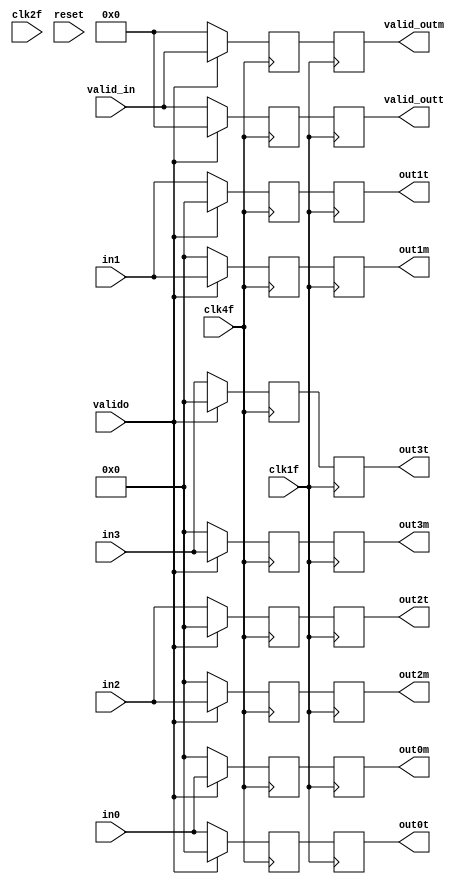
// Belinda Brown Ramrez
// Mayo, 2020
// timna.brown@ucr.ac.cr

// Recirculation block if not IDLE
module recir_idle (
  // Clks
  input wire clk1f,
	input wire clk2f,						// clock in @2f
  input wire clk4f,						// clock in @4f
  input reset,
  // Serial Parallel input
  input wire valido,
  // Inputs
  input wire [7:0] in0,
  input wire [7:0] in1,
  input wire [7:0] in2,
  input wire [7:0] in3,
  input wire [3:0] valid_in,
  // For ff 8buts + 1 valid for mux
  output reg [7:0] out0m,
  output reg [7:0] out1m,
  output reg [7:0] out2m,
  output reg [7:0] out3m,
  output reg [3:0] valid_outm,
  // For ff 8buts + 1 valid for tester
  output reg [7:0] out0t,
  output reg [7:0] out1t,
  output reg [7:0] out2t,
  output reg [7:0] out3t,
  output reg [3:0] valid_outt
  );

 // Assign standar singnals
 // Input idle

 // Conecctions
 reg [7:0] outm0, outm1, outm2, outm3;
 reg [7:0] outt0, outt1, outt2, outt3;
 reg [3:0] validoutm, validoutt;

 always @(posedge clk4f) begin
      if (valido) begin
        outm0 <= in0;
        outm1 <= in1;
        outm2 <= in2;
        outm3 <= in3;
        outt0 <= 0;
        outt1 <= 0;
        outt2 <= 0;
        outt3 <= 0;
        validoutm <= valid_in;
        validoutt <= 0;
      end // end if

    else begin // valido  == 0
      outm0 <= 0;
      outm1 <= 0;
      outm2 <= 0;
      outm3 <= 0;
      outt0 <= in0;
      outt1 <= in1;
      outt2 <= in2;
      outt3 <= in3;
      validoutm <= 0;
      validoutt <= valid_in;
      end // end else
 end // always posedge 4f


always @(posedge clk1f) begin
  valid_outt <= validoutt;
  valid_outm <= validoutm;
  out0m <= outm0;
  out1m <= outm1;
  out2m <= outm2;
  out3m <= outm3;
  out0t <= outt0;
  out1t <= outt1;
  out2t <= outt2;
  out3t <= outt3;
end // end always *

endmodule